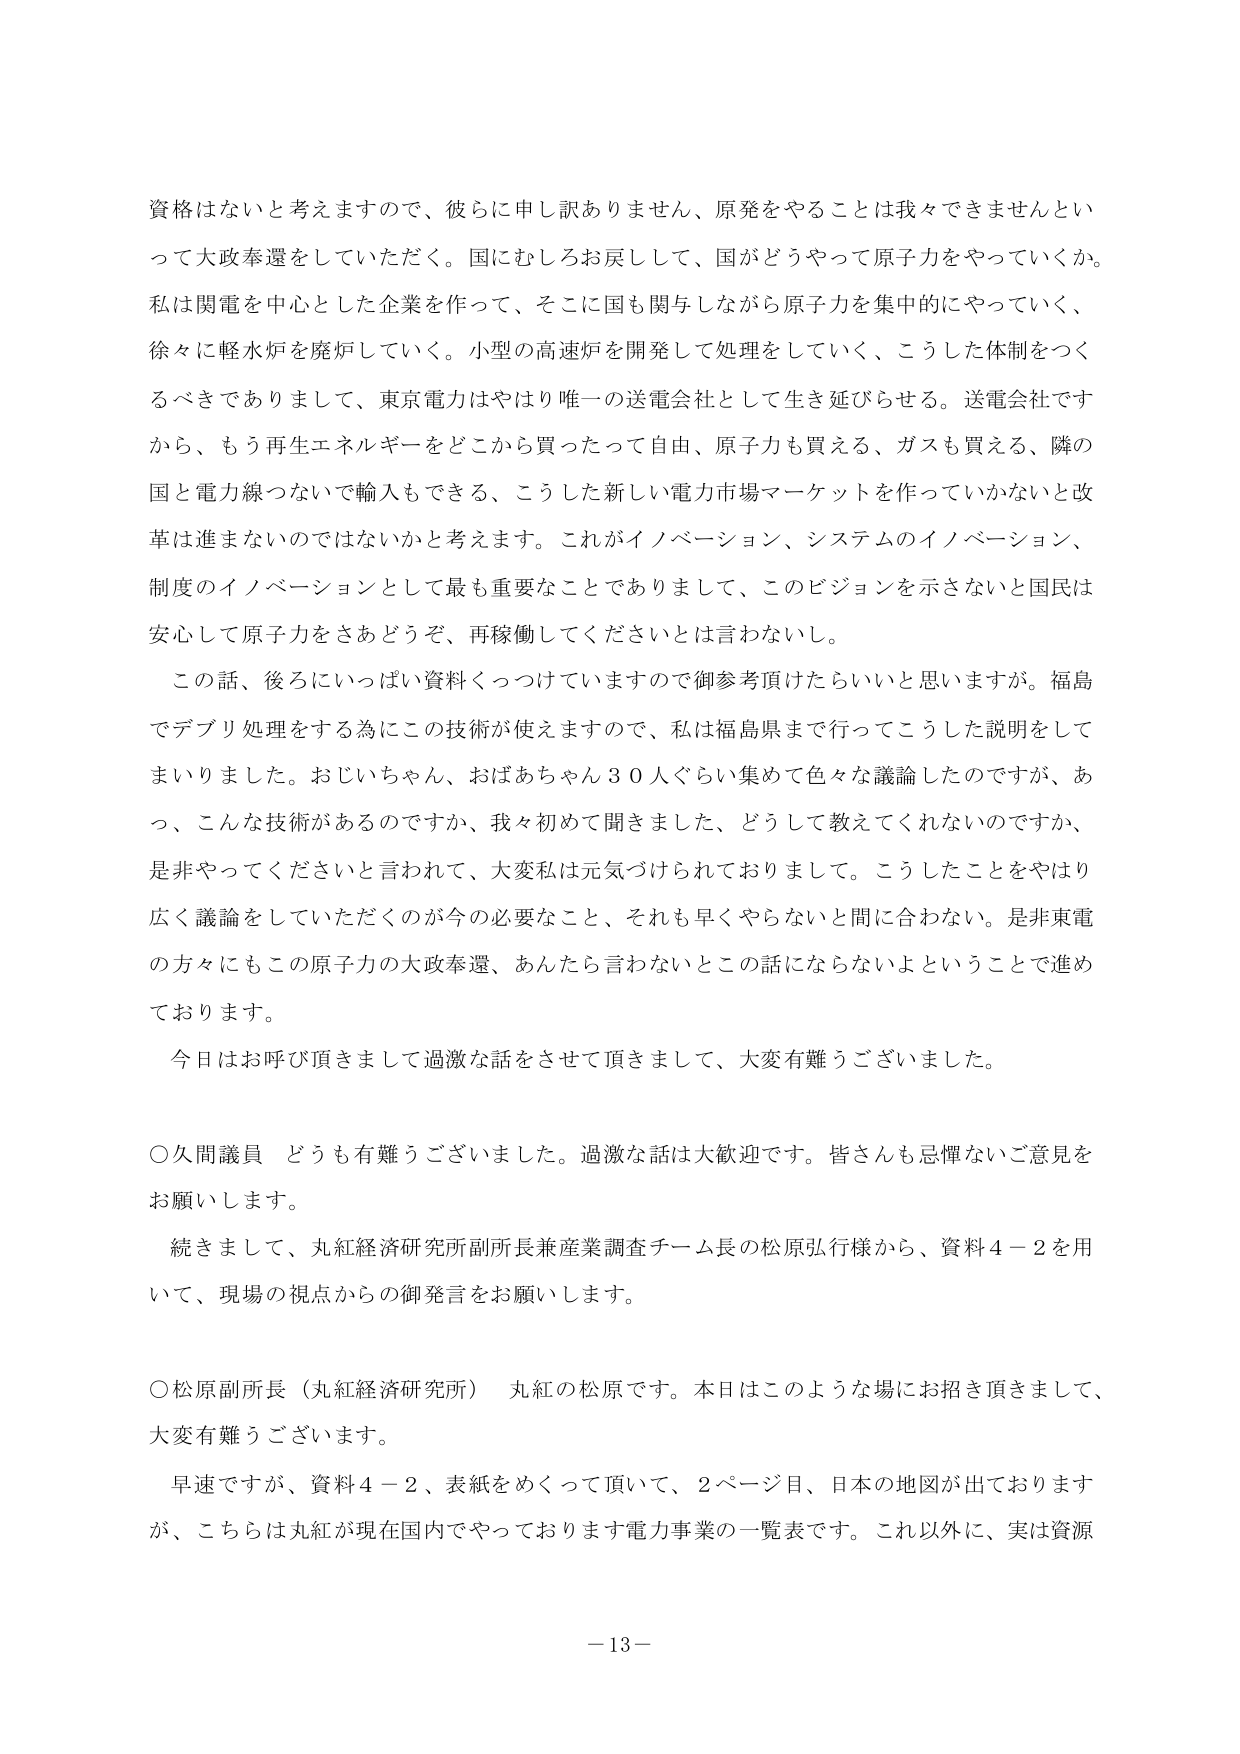
資格はないと考えますので、彼らに申し訳ありません、原発をやることは我々できませんといって大政奉還をしていただく。国にむしろお戻しして、国がどうやって原子力をやっていくか。私は関電を中心とした企業を作って、そこに国も関与しながら原子力を集中的にやっていく、徐々に軽水炉を廃炉していく。小型の高速炉を開発して処理をしていく、こうした体制をつくるべきでありまして、東京電力はやはり唯一の送電会社として生き延びらせる。送電会社ですから、もう再生エネルギーをどこから買ったって自由、原子力も買える、ガスも買える、隣の国と電力線つないで輸入もできる、こうした新しい電力市場マーケットを作っていかないと改革は進まないのではないかと考えます。これがイノベーション、システムのイノベーション、制度のイノベーションとして最も重要なことでありまして、このビジョンを示さないと国民は安心して原子力をさあどうぞ、再稼働してくださいとは言わないし。

この話、後ろにいっぱい資料くっつけていますので御参考頂けたらいいと思いますが。福島でデブリ処理をする為にこの技術が使えますので、私は福島県まで行ってこうした説明をしてまいりました。おじいちゃん、おばあちゃん30人ぐらい集めて色々な議論したのですが、あっ、こんな技術があるのですか、我々初めて聞きました、どうして教えてくれないのですか、是非やってくださいと言われて、大変私は元気づけられておりまして。こうしたことをやはり広く議論をしていただくのが今の必要なこと、それも早くやらないと間に合わない。是非東電の方々にもこの原子力の大政奉還、あんたら言わないとの話にならないよということで進めております。

今日はお呼び頂きまして過激な話をさせて頂きました、大変有難うございました。

○久間議員 どうも有難うございました。過激な話は大歓迎です。皆さんも忌憚ないご意見をお願いします。

続きまして、丸紅経済研究所副所長兼産業調査チーム長の松原弘行様から、資料4－2を用いて、現場の視点からの御発言をお願いします。

○松原副所長（丸紅経済研究所） 丸紅の松原です。本日はこのような場にお招き頂きまして、大変有難うございます。

早速ですが、資料4－2、表紙をめくって頂いて、2ページ目、日本の地図が出ておりますが、こちらは丸紅が現在国内でやっております電力事業の一覧表です。これ以外に、実は資源

－13－